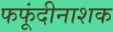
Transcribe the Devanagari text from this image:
फफूंदीनाशक